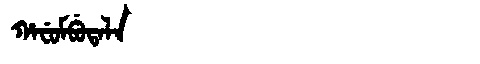
Manchu: ᡥᠠᠸᡠᠮᠪᡠᡨᠠᠯᠠ
Romanization: HAFUMBUTALA